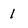
Character: 1